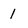
Character: I